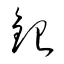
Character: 銀